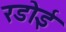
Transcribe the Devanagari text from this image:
रडोई